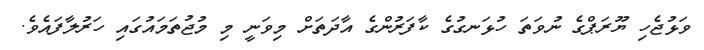
ވަޅުޖެހި ޔޫރަޕްގެ ނުވަތަ ހުޅަނގުގެ ކާފަރުންގެ އާދަތަށް މިވަނީ މި މުޖުތަމައުގައި ހަރުލާފައެވެ.